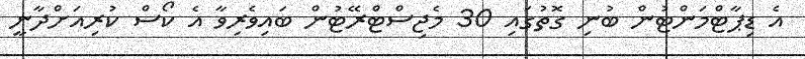
އެ ޑިޕާޓްމަންޓުން ބުނި ގޮތުގައި 30 މެޖިސްޓްރޭޓުން ބައިވެރިވާ އެ ކޯސް ކުރިއަށްދާނީ